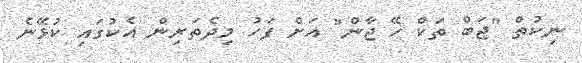
ނިކުތް "ޖަބް ތަކް ހޭ ޖާން" އަށް ފަހު މިދެތަރިން އެކުގައި ކުޅޭނެ